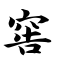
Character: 窖